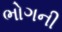
ભોગની